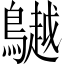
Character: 𪆧